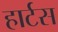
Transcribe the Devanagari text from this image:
हार्टस